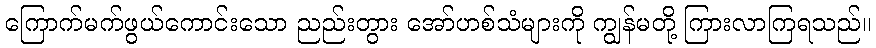
ကြောက်မက်ဖွယ်ကောင်းသော ညည်းတွား အော်ဟစ်သံများကို ကျွန်မတို့ ကြားလာကြရသည်။